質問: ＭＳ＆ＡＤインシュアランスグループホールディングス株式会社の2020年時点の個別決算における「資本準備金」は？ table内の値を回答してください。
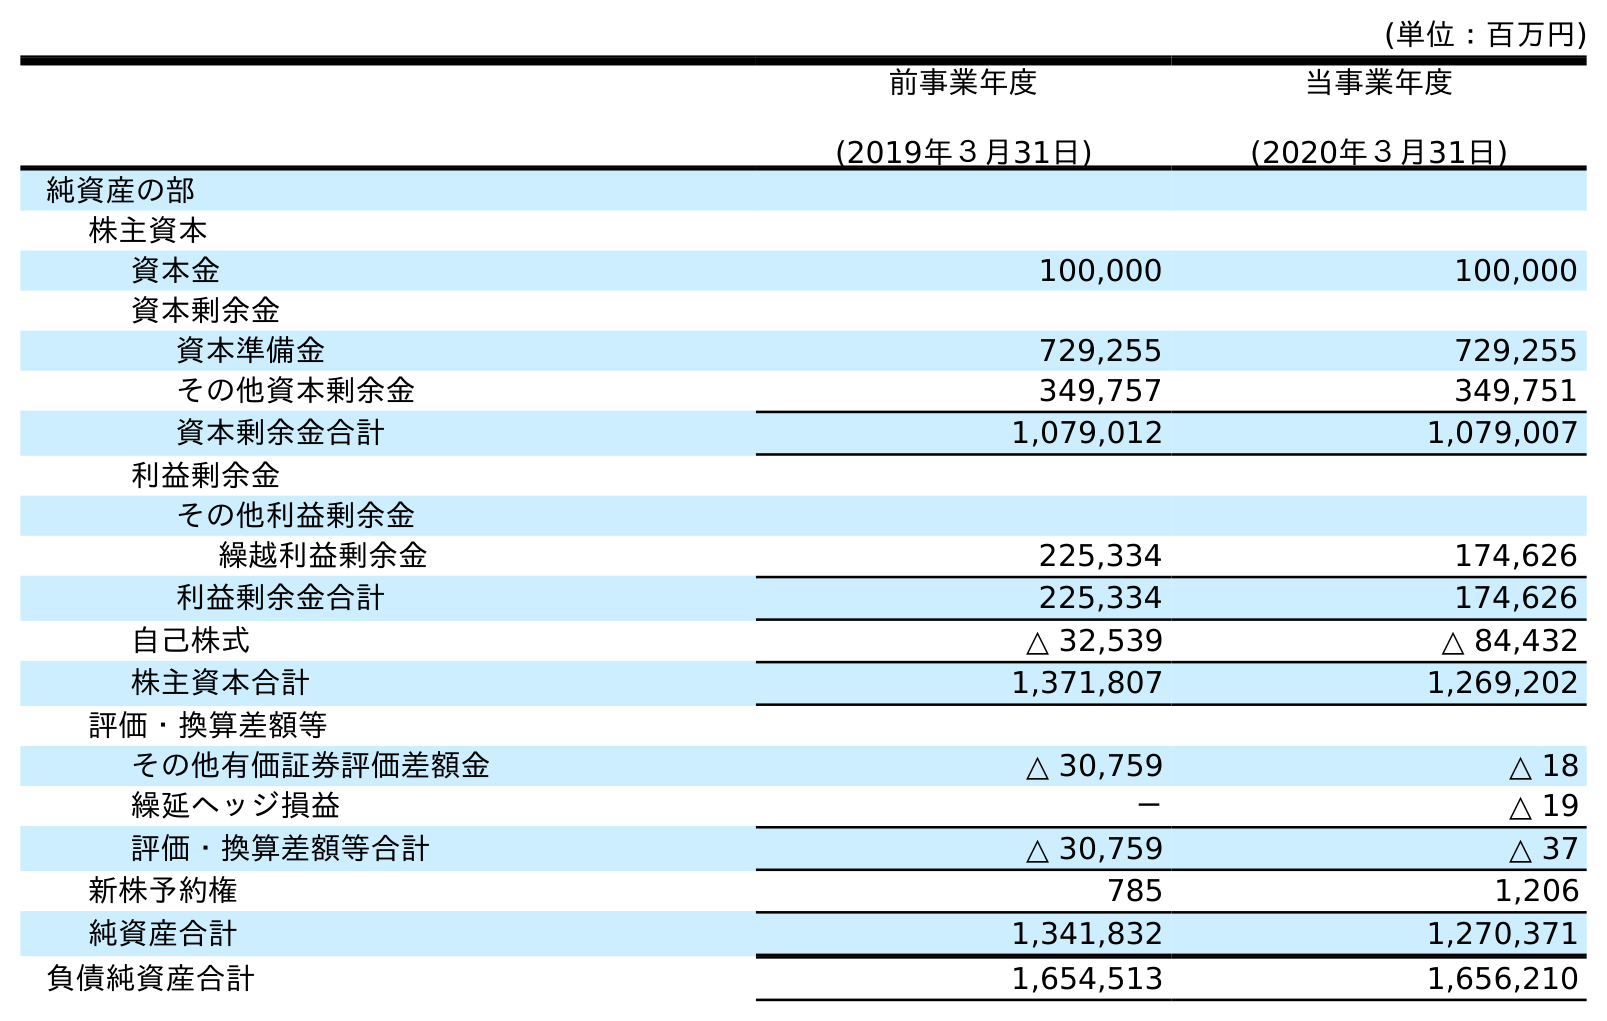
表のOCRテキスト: (単位：百万円) 前事業年度 (2019年３月31日) 当事業年度 (2020年３月31日) 純資産の部 株主資本 資本金 100,000 100,000 資本剰余金 資本準備金 729,255 729,255 その他資本剰余金 349,757 349,751 資本剰余金合計 1,079,012 1,079,007 利益剰余金 その他利益剰余金 繰越利益剰余金 225,334 174,626 利益剰余金合計 225,334 174,626 自己株式 △ 32,539 △ 84,432 株主資本合計 1,371,807 1,269,202 評価・換算差額等 その他有価証券評価差額金 △ 30,759 △ 18 繰延ヘッジ損益 － △ 19 評価・換算差額等合計 △ 30,759 △ 37 新株予約権 785 1,206 純資産合計 1,341,832 1,270,371 負債純資産合計 1,654,513 1,656,210
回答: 729,255